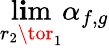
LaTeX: \operatorname*{l\mathbf{i}m}_{r_{2}\tor_{1}}\alpha_{f,g}